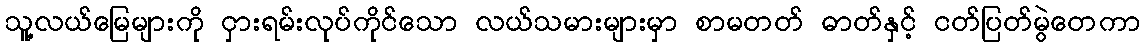
သူ့လယ်မြေများကို ငှားရမ်းလုပ်ကိုင်သော လယ်သမားများမှာ စာမတတ် ဓာတ်နှင့် ငတ်ပြတ်မွဲတေကာ